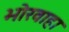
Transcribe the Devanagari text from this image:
भोरवाहा